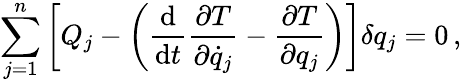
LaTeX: \sum_{j=1}^{n}\left[Q_{j}-\left({\frac{\mathrm{d}}{\mathrm{d}t}}{\frac{\partial T}{\partial{\dot{q}}_{j}}}-{\frac{\partial T}{\partial q_{j}}}\right)\right]\delta q_{j}=0\, ,